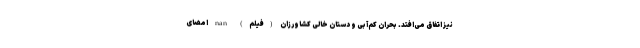
نیز اتفاق می‌افتد. بحران کم‌آبی و دستان خالی کشاورزان (فیلم) nan امضای